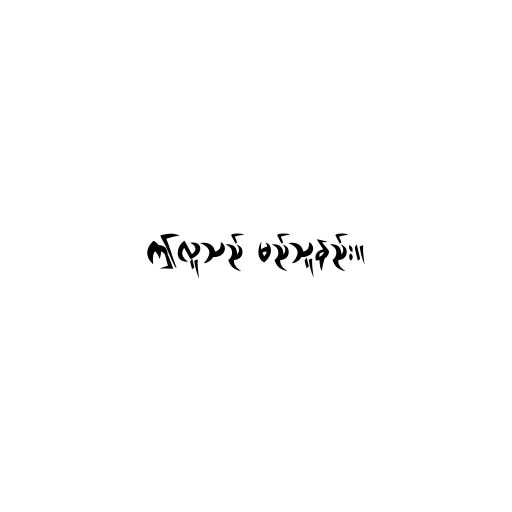
ဤလူသည် မည်သူနည်း။